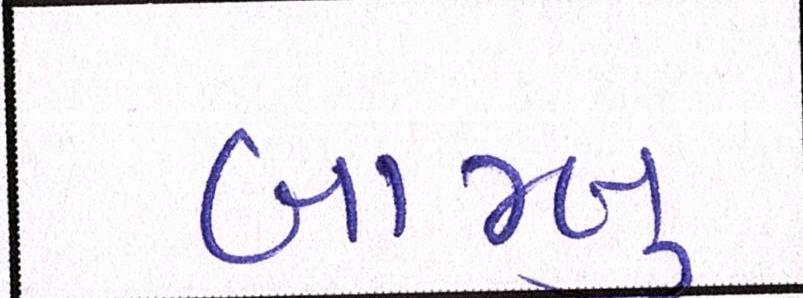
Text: બામ્બુ